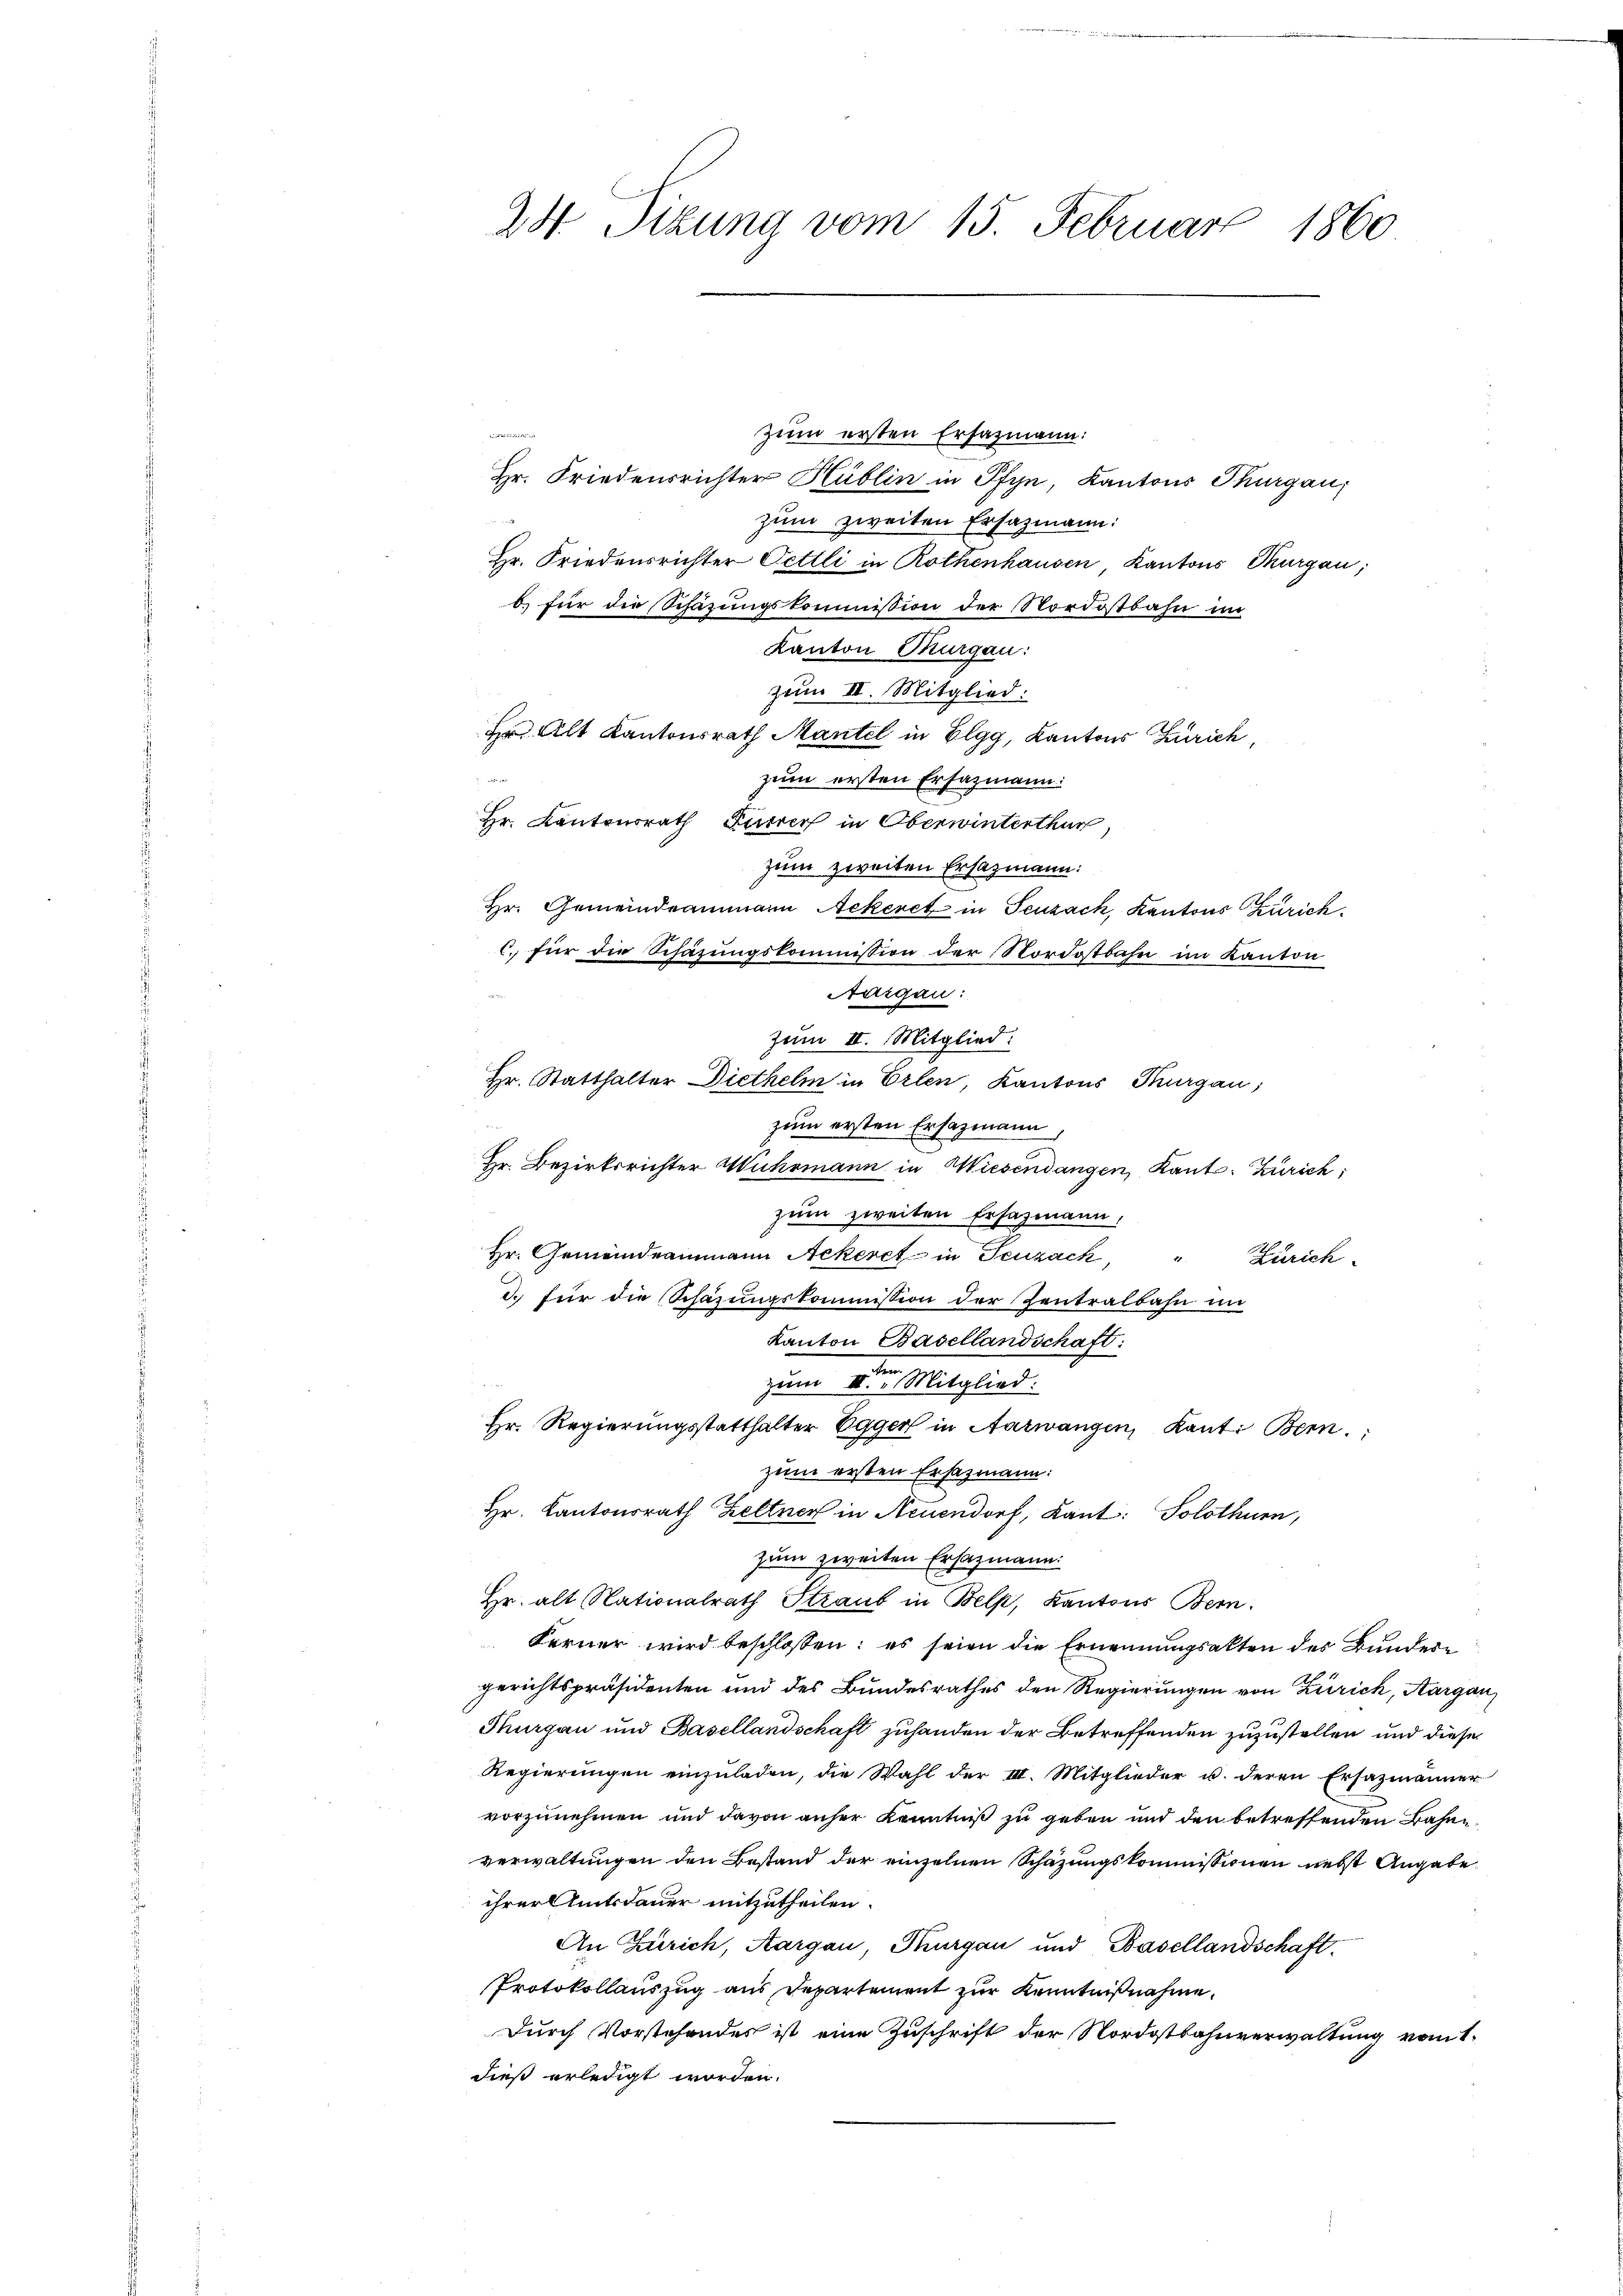
24 Sizung vom 15. Februar 1860

zum ersten Erfazmann:
Hr. Friedensrichter Hüblin in Pfyn, Kantons Thurgau,
zum zweiten Ersazmann:

Hr. Friedensrichter Oettli in Rothenhausen Kantons Thurgau;
b) für die Schazungskommission der Nordostbahn im
Kanton Thurgau:
zum II. Mitglied:
Hr. Alt Kantonsrath Mantel in Elgg, Kantons Zürich,
24
zum ersten Erfazmann:
Hr. Kantonsrath Furrer in Oberwinterthur,
zum zweiten Ersazmann:
Hr. Gemeindeammann Ackeret in Seuzach, Kantons Zürich
C. für die Schazungskommission der Nordostbahn im Kanton
Aargau:
zum II. Mitglied:
Hr. Statthalter Diethelm in Erlen, Kantons Thurgau;
12
zum ersten Ersazmann,
Hr. Bezirksrichter Wuhrmann in Wiesendangen, Kant. Zürich;
zum zweiten Ersatzmann,
Hr. Gemeindeammann Ackeret in Teuzack, Zürich
d. für die Schazungskommission der Zentralbahn im
Kanton Basellandschaft:
zum III. Mitglied:
Hr. Regierungsstatthalter Egger in Aarwangen, Kanto Bern.
zum ersten Ersazmann:
Hr. Kantonsrath Zeltner in Neuendorf, Kant: Solothurn,
zum zweiten Ersatzmann:
Hr. alt Nationalrath Straut in Belp, Kantons Bern.
Ferner wird beschlossen: es seien die Ernennungsakten des Bundere
gerichtspräsidenten und des Bundesrathes den Regierungen von Zürich, Aargau,
Thurgau und Basellandschaft zuhanden der Betreffenden zuzustellen und diese
Regierungen einzuladen, die Wahl der III. Mitglieder u. deren Ersazmänner-
vorzunehmen und davon anher Kenntniß zu geben und den betreffenden Bahne
verwaltungen den Bestand der einzelnen Schazungskommissionen nebst Angabe
ihrer Amtsdauer mitzutheilen.
An Zürich, Aargau, Thurgau und Basellandschaft.
Protokollauszug aus Departement zur Kenntnißnahme.
Durch Vorstehendes ist eine Zuschrift der Nordostbahnverwaltung vom t
dieß erledigt worden.